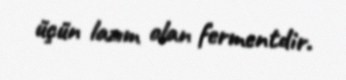
üçün lazım olan fermentdir.